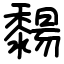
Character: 䵘